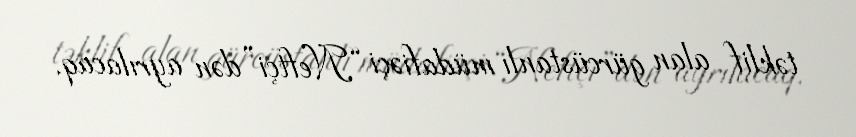
təklif alan gürcüstanlı müdafiəçi “Neftçi”dən ayrılacaq.